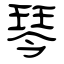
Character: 琴